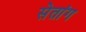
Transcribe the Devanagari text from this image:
सेतांग